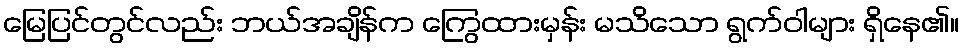
မြေပြင်တွင်လည်း ဘယ်အချိန်က ကြွေထားမှန်း မသိသော ရွက်ဝါများ ရှိနေ၏။